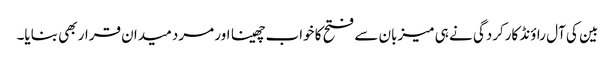
بین کی آل راؤنڈ کارکردگی نے ہی میزبان سے فتح کا خواب چھینا اور مرد میدان قرار بھی بنایا۔